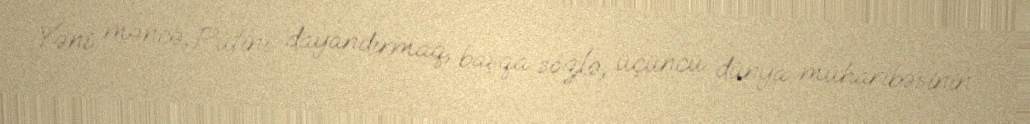
Yəni məncə, Putini dayandırmaq, başqa sözlə, üçüncü dünya müharibəsinin